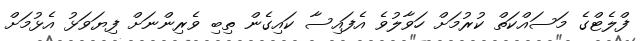
ފްލެޓްގެ މަސައްކަތް ކުރުމަށް ހަވާލުވެ އެފައިސާ ކައިގެން ތިބި ވެރިންނަށް ފިޔަވަޅު އެޅުމަށް